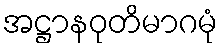
အဋ္ဌာနဝုတိမာဂမုံ